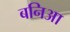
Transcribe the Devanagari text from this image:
बनिआ